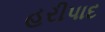
હરીપાદ